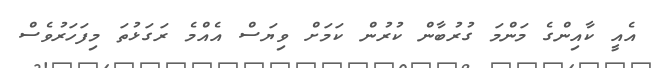
އެއީ ކާއިންގެ މަންމަ ގުރުބާން ކުރުން ކަމަށް ވިޔަސް އެއްމެ ރަގަޅުތަ މިފަހަރުވެސް